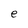
Character: e